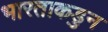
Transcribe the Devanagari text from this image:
भारताकडुन